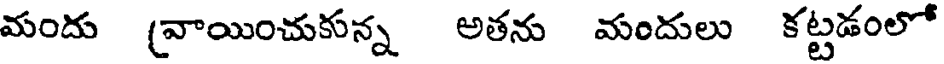
మందు (వాయించుకున్న అతను మందులు కట్టడంలో